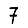
Digit: 7